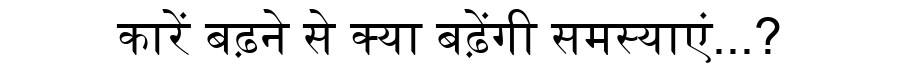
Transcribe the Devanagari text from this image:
कारें बढ़ने से क्या बढ़ेंगी समस्याएं...?